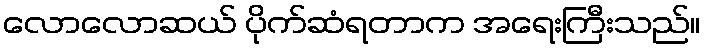
လောလောဆယ် ပိုက်ဆံရတာက အရေးကြီးသည်။